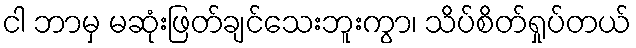
ငါ ဘာမှ မဆုံးဖြတ်ချင်သေးဘူးကွာ၊ သိပ်စိတ်ရှုပ်တယ်